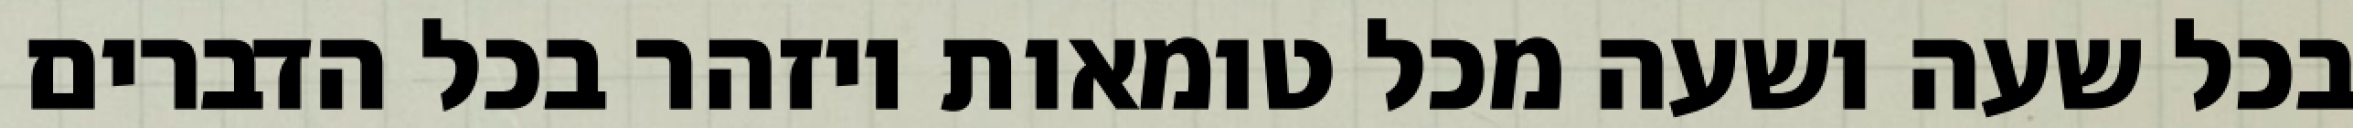
בכל שעה ושעה מכל טומאות ויזהר בכל הדברים